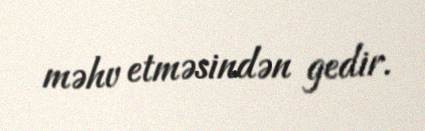
məhv etməsindən gedir.